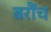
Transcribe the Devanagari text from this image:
बरौंच